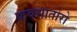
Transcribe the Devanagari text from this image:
फ्रक्सातोरो